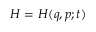
H = H ( q , p ; t )